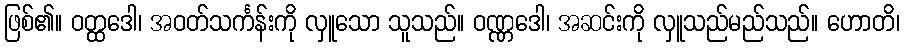
ဖြစ်၏။ ဝတ္ထဒေါ၊ အဝတ်သင်္ကန်းကို လှူသော သူသည်။ ဝဏ္ဏဒေါ၊ အဆင်းကို လှူသည်မည်သည်။ ဟောတိ၊